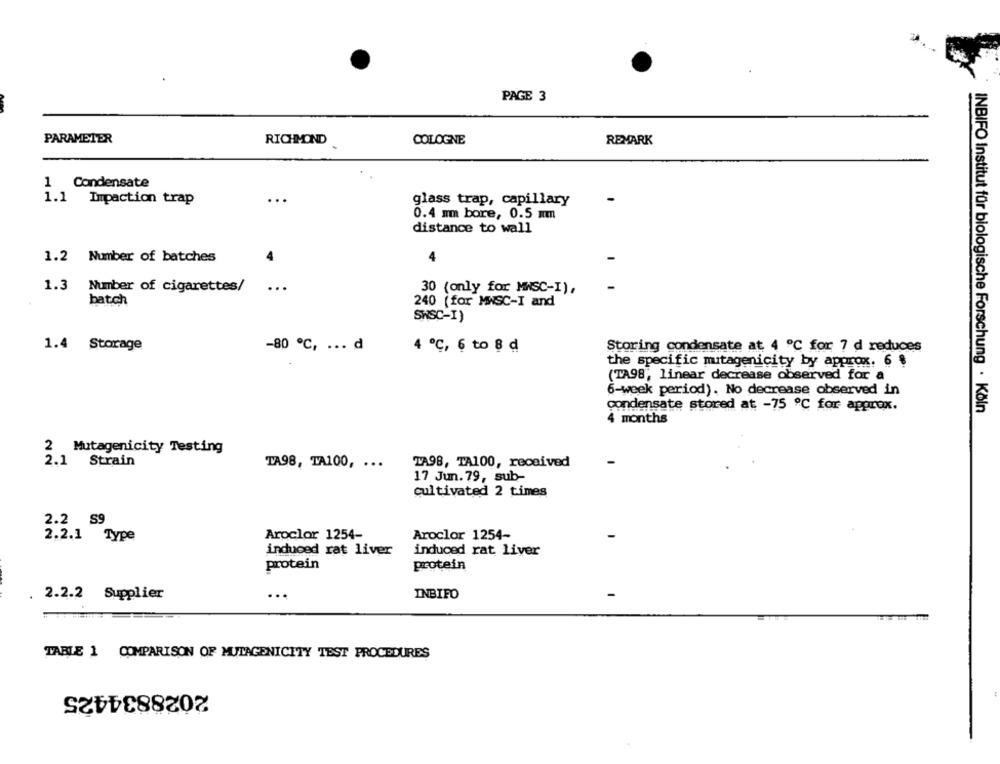
PAGE 3
PARAMETER
RICHMOND
COLOGNE
REMARK
1 Condensate
...
1.1 Impaction trap
glass trap, capillary
0.4 mm bore, 0.5 mm
distance to wall
1.2 Number of batches
1.3 Number of cigarettes/
30 (only for MWSC-I),
batch
240 (for MWSC-I and
SWSC-I)
1.4 Storage
-80 ℃, ... d
4 ℃, 6 to 8 d
Storing condensate at 4 ℃ for 7 d reduces
the specific mutagenicity by approx. 6 $
(TA98, linear decrease observed for a
6-week period). No decrease observed in
condensate stored at -75 ℃ for approx.
INBIFO Institut für biologische Forschung · Köln
4 months
2 Mutagenicity Testing
2.1 Strain
TA98, TA100, ...
TA98, TA100, received
17 Jun. 79, sub-
cultivated 2 times
2.2 S9
Aroclor 1254-
Aroclor 1254-
2.2.1 Type
induced rat liver
induced rat liver
protein
protein
2.2.2 Supplier
...
INBIFO
TABLE 1 COMPARISON OF MUTAGENICITY TEST PROCEDURES
2028834425